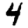
Digit: 4